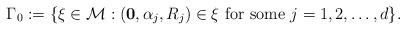
LaTeX: \begin{align*}\Gamma_0 := \{\xi \in {\cal {M}}: ({\bf 0}, \alpha_j, R_j)\in \xi \mbox{ for some }j =1,2,\dots,d\}.\end{align*}